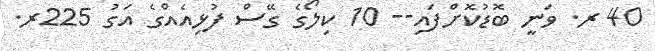
40 ރ. ވަނީ ބޮޑުކޮށްފައި-- 10 ކިލޯގެ ގޭސް ފުޅިއެއްގެ އަގު 225ރ.